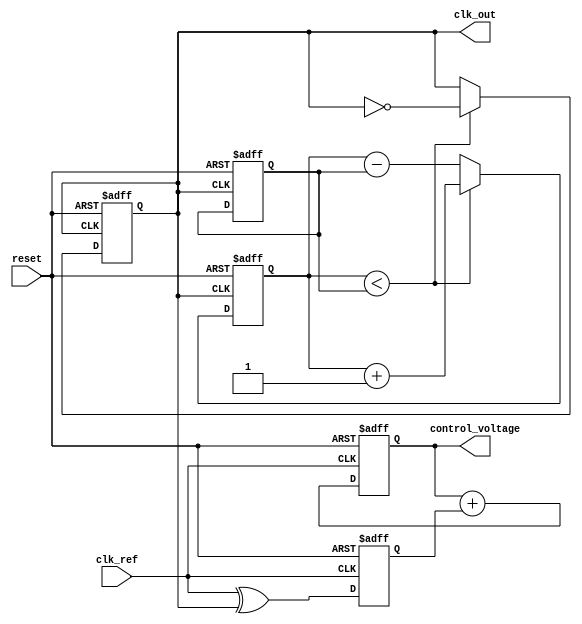
module fractional_PLL (
    input wire clk_ref,               // Reference clock input
    input wire reset,                 // Reset signal
    output wire clk_out,              // Output clock
    output wire [7:0] control_voltage // Control voltage output (for VCO)
);

// Phase Detector (PD)
reg phase_error; // Phase error signal

always @(posedge clk_ref or posedge reset) begin
    if (reset) begin
        phase_error <= 0; // Reset phase error
    end else begin
        // Phase detection logic
        // This is a simplistic representation; actual implementation may include edge detection
        phase_error <= clk_ref ^ clk_out; // XOR for phase error (for demonstration)
    end
end

// Fractional-N Divider (using delta-sigma modulator)
reg [15:0] fractional_divider; // Fractional divider value
reg [15:0] delta_sigma_reg;     // Delta-sigma modulator register
reg feedback_clk;               // Feedback clock from VCO

always @(posedge clk_out or posedge reset) begin
    if (reset) begin
        fractional_divider <= 16'd10; // Example fractional division value
        delta_sigma_reg <= 0;
        feedback_clk <= 0; // Initialize feedback clock
    end else begin
        // Delta-sigma modulator logic
        if (delta_sigma_reg < fractional_divider) begin
            feedback_clk <= ~feedback_clk; // Toggle feedback clock
            delta_sigma_reg <= delta_sigma_reg + 1;
        end else begin
            delta_sigma_reg <= delta_sigma_reg - fractional_divider; // Adjust delta-sigma modulator
        end
    end
end

// Loop Filter (simple low-pass filter)
reg [7:0] loop_filter_output;

always @(posedge clk_ref or posedge reset) begin
    if (reset) begin
        loop_filter_output <= 8'd0; // Reset loop filter output
    end else begin
        // Simple integration (low-pass filtering)
        loop_filter_output <= loop_filter_output + phase_error; // Integrate phase error
    end
end

// Voltage-Controlled Oscillator (VCO)
reg [7:0] vco_output;

always @(posedge feedback_clk or posedge reset) begin
    if (reset) begin
        vco_output <= 8'd0; // Reset VCO output
    end else begin
        // VCO logic (simple representation)
        vco_output <= loop_filter_output; // Control voltage drives the VCO output
    end
end

// Output clock generation
assign clk_out = feedback_clk; // Output clock from feedback path
assign control_voltage = loop_filter_output; // Control voltage output for VCO

endmodule